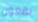
يقعون